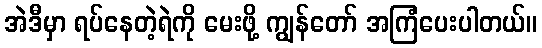
အဲဒီမှာ ရပ်နေတဲ့ရဲကို မေးဖို့ ကျွန်တော် အကြံပေးပါတယ်။